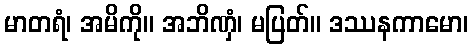
မာတရံ၊ အမိကို။ အဘိဏှံ၊ မပြတ်။ ဒဿနကာမော၊